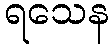
ရသေန